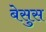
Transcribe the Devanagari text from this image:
बेसुस